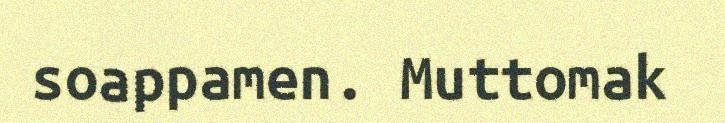
soappamen. Muttomak